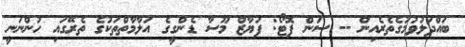
ބައްދަލުވުމުގެތެރެއިން -- ސަން ފޮޓޯ: ފަޔާޒް މޫސާ ޑެންގީގެ އަލާމާތްތަކުގެ ތެރޭގައި ހުންނަނީ